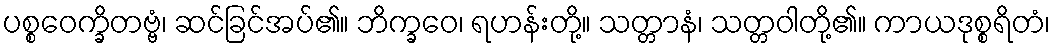
ပစ္စဝေက္ခိတဗ္ဗံ၊ ဆင်ခြင်အပ်၏။ ဘိက္ခဝေ၊ ရဟန်းတို့။ သတ္တာနံ၊ သတ္တဝါတို့၏။ ကာယဒုစ္စရိတံ၊